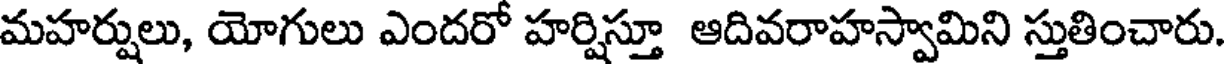
మహర్షులు, యోగులు ఎందరో హర్షిస్తూ ఆదివరాహస్వామిని స్తుతించారు.